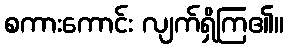
စကားကောင်း လျက်ရှိကြ၏။